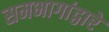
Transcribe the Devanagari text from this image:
समभागांद्वारे